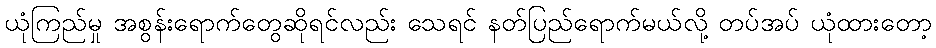
ယုံကြည်မှု အစွန်းရောက်တွေဆိုရင်လည်း သေရင် နတ်ပြည်ရောက်မယ်လို့ တပ်အပ် ယုံထားတော့